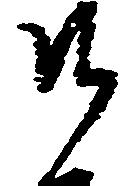
そ